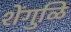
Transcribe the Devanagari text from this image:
शेंगुळि